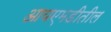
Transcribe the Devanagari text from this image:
आयएमडीतील